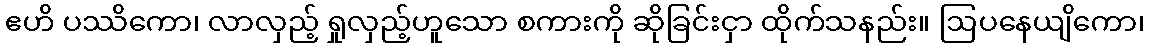
ဧဟိ ပဿိကော၊ လာလှည့် ရှုလှည့်ဟူသော စကားကို ဆိုခြင်းငှာ ထိုက်သနည်း။ ဩပနေယျိကော၊